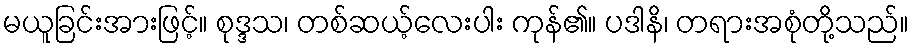
မယူခြင်းအားဖြင့်။ စုဒ္ဒသ၊ တစ်ဆယ့်လေးပါး ကုန်၏။ ပဒါနိ၊ တရားအစုံတို့သည်။